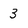
Character: 3